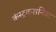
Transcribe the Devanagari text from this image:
कंस्ट्रकशनिस्ट